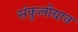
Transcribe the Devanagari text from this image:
संकुलोद्यान